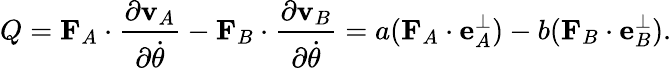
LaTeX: Q=\mathbf{F}_{A}\cdot{\frac{\partial\mathbf{v}_{A}}{\partial{\dot{\theta}}}}-\mathbf{F}_{B}\cdot{\frac{\partial\mathbf{v}_{B}}{\partial{\dot{\theta}}}}=a(\mathbf{F}_{A}\cdot\mathbf{e}_{A}^{\perp})-b(\mathbf{F}_{B}\cdot\mathbf{e}_{B}^{\perp}).